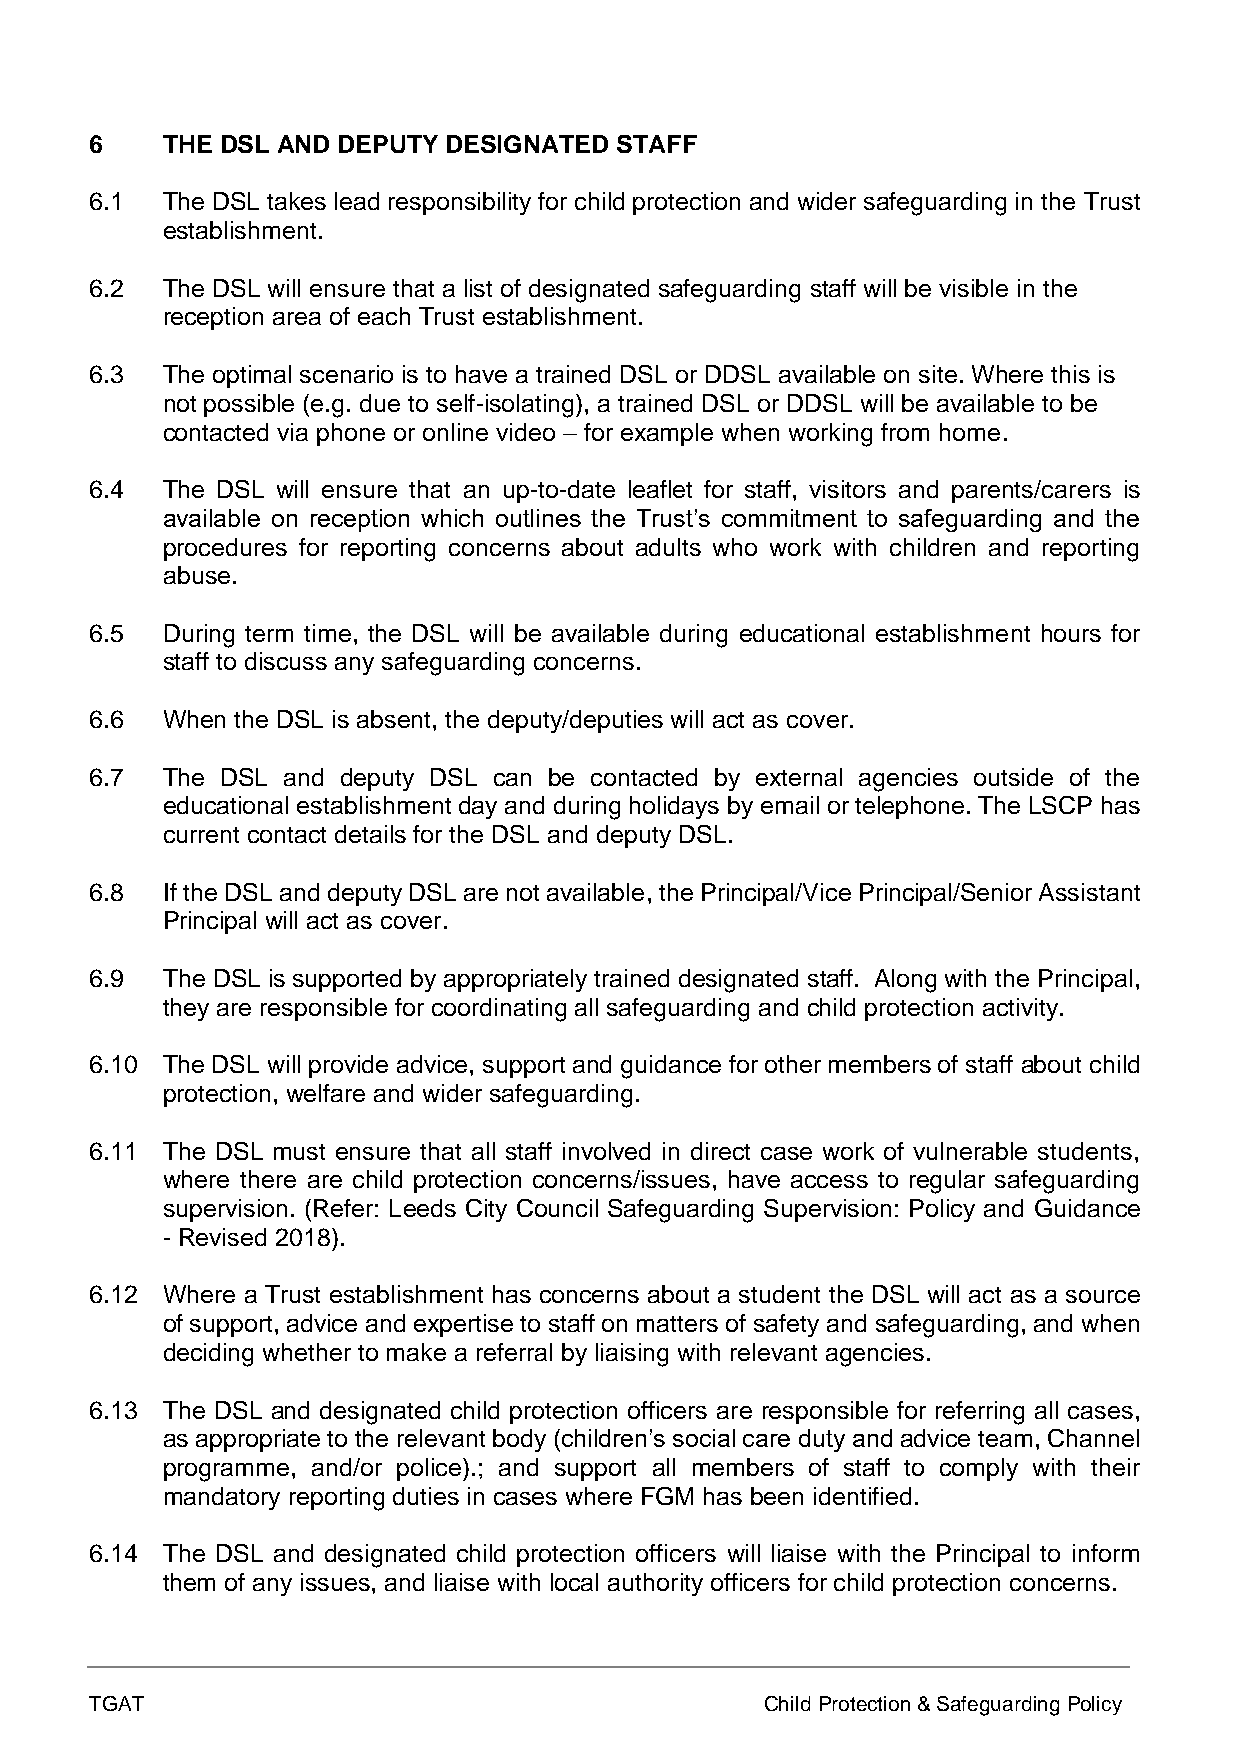
6    THE DSL AND DEPUTY DESIGNATED STAFF
 6.1  The DSL takes lead responsibility for child protection and wider safeguarding in the Trust
 establishment.
 6.2  The DSL will ensure that a list of designated safeguarding staff will be visible in the
 reception area of each Trust establishment.
 6.3  The optimal scenario is to have a trained DSL or DDSL available on site. Where this is
 not possible (e.g. due to self-isolating), a trained DSL or DDSL will be available to be
 contacted via phone or online video – for example when working from home.
 6.4  The DSL will ensure that an up-to-date leaflet for staff, visitors and parents/carers is
 available on reception which outlines the Trust’s commitment to safeguarding and the
 procedures for reporting concerns about adults who work with children and reporting
 abuse.
 6.5  During term time, the DSL will be available during educational establishment hours for
 staff to discuss any safeguarding concerns.
 6.6  When the DSL is absent, the deputy/deputies will act as cover.
 6.7  The DSL and deputy DSL can be contacted by external agencies outside of the
 educational establishment day and during holidays by email or telephone. The LSCP has
 current contact details for the DSL and deputy DSL.
 6.8  If the DSL and deputy DSL are not available, the Principal/Vice Principal/Senior Assistant
 Principal will act as cover.
 6.9  The DSL is supported by appropriately trained designated staff. Along with the Principal,
 they are responsible for coordinating all safeguarding and child protection activity.
 6.10 The DSL will provide advice, support and guidance for other members of staff about child
 protection, welfare and wider safeguarding.
 6.11 The DSL must ensure that all staff involved in direct case work of vulnerable students,
 where there are child protection concerns/issues, have access to regular safeguarding
 supervision. (Refer: Leeds City Council Safeguarding Supervision: Policy and Guidance
 - Revised 2018).
 6.12 Where a Trust establishment has concerns about a student the DSL will act as a source
 of support, advice and expertise to staff on matters of safety and safeguarding, and when
 deciding whether to make a referral by liaising with relevant agencies.
 6.13 The DSL and designated child protection officers are responsible for referring all cases,
 as appropriate to the relevant body (children’s social care duty and advice team, Channel
 programme, and/or police).; and support all members of staff to comply with their
 mandatory reporting duties in cases where FGM has been identified.
 6.14 The DSL and designated child protection officers will liaise with the Principal to inform
 them of any issues, and liaise with local authority officers for child protection concerns.
 TGAT                                         Child Protection & Safeguarding Policy